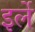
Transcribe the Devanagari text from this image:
इर्ले